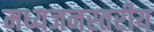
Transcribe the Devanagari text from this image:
मध्यजनस्तरीय